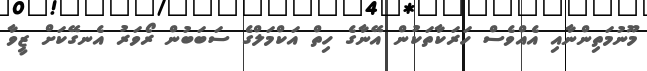
މޫނުމަތިންނާއި އެއްވެސް ހަރަކާތަކުން އޭނާގެ ހިތް އަކްމަލްގެ ސަބަބުން ރޯވަރު އެނގޭކަށް ޒީވާ